Report of the Indian Hemp Drugs Commission, 1894-1895 - Volume IV
Year: 1894
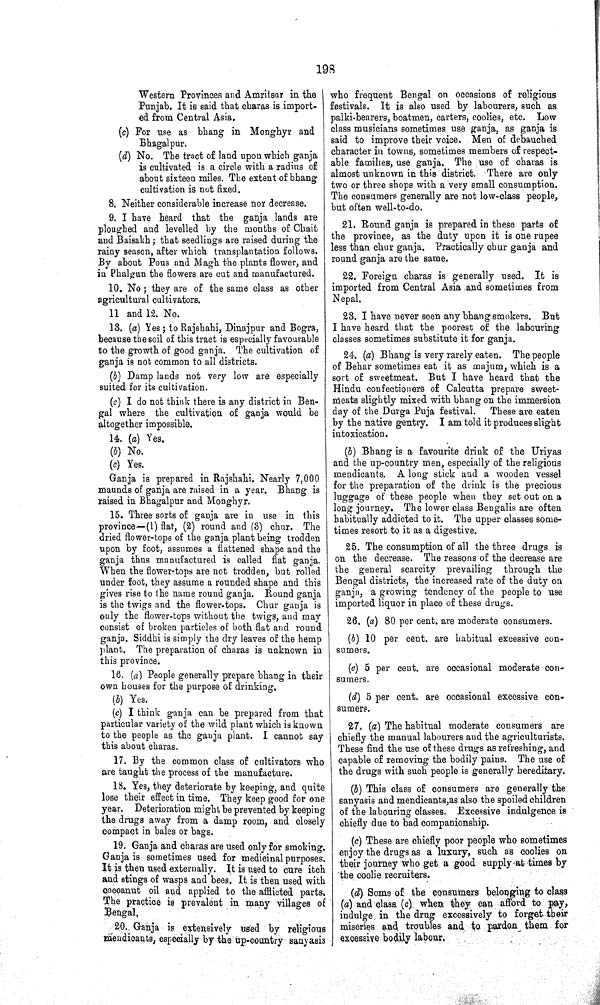
198
Western Provinces and Amritsar in the
Punjab. It is said that charas is import-
ed from Central Asia.
(c) For use as bhang in Monghyr and
Bhagalpur.
(d) No. The tract of land upon which ganja
is cultivated is a circle with a radius of
about sixteen miles. The extent of bhang
cultivation is not fixed.
8. Neither considerable increase nor decrease.
9. I have heard that the ganja lands are
ploughed and levelled by the months of Chait
and Baisakh; that seedlings are raised during the
rainy season, after which transplantation follows.
By about Pous and Magh the plants flower, and
in Phalgun the flowers are cut and manufactured.
10. No; they are of the same class as other
agricultural cultivators.
11 and 12. No.
13. (a) Yes; to Rajshahi, Dinajpur and Bogra,
because the soil of this tract is especially favourable
to the growth of good ganja. The cultivation of
ganja is not common to all districts.
(b) Damp lands not very low are especially
suited for its cultivation.
(c) I do not think there is any district in Ben-
gal where the cultivation of ganja would be
altogether impossible.
14. (a) Yes.
(b) No.
(c) Yes.
Ganja is prepared in Rajshahi. Nearly 7,000
maunds of ganja are raised in a year. Bhang is
raised in Bhagalpur and Monghyr.
15. Three sorts of ganja are in use in this
province—(1) flat, (2) round and (3) chur. The
dried flower-tops of the ganja plant being trodden
upon by foot, assumes a flattened shape and the
ganja thus manufactured is called flat ganja.
When the flower-tops are not trodden, but rolled
under foot, they assume a rounded shape and this
gives rise to the name round ganja. Round ganja
is the twigs and the flower-tops. Chur ganja is
only the flower-tops without the twigs, and may
consist of broken particles of both flat and round
ganja. Siddhi is simply the dry leaves of the hemp
plant. The preparation of charas is unknown in
this province.
16. (a) People generally prepare bhang in their
own houses for the purpose of drinking.
(b) Yes.
(c) I think ganja can be prepared from that
particular variety of the wild plant which is known
to the people as the ganja plant. I cannot say
this about charas.
17. By the common class of cultivators who
are taught the process of the manufacture.
18. Yes, they deteriorate by keeping, and quite
lose their effect in time. They keep good for one
year. Deterioration might be prevented by keeping
the drugs away from a damp room, and closely
compact in bales or bags.
19. Ganja and charas are used only for smoking.
Ganja is sometimes used for medicinal purposes.
It is then used externally. It is used to cure itch
and stings of wasps and bees. It is then used with
cocoanut oil and applied to the afflicted parts.
The practice is prevalent in many villages of
Bengal.
20. Ganja is extensively used by religious
mendicants, especially by the up-country sanyasis
who frequent Bengal on occasions of religious
festivals. It is also used by labourers, such as
palki-bearers, boatmen, carters, coolies, etc. Low
class musicians sometimes use ganja, as ganja is
said to improve their voice. Men of debauched
character in towns, sometimes members of respect-
able families, use ganja. The use of charas is
almost unknown in this district. There are only
two or three shops with a very small consumption.
The consumers generally are not low-class people,
but often well-to-do.
21. Round ganja is prepared in these parts of
the province, as the duty upon it is one rupee
less than chur ganja. Practically chur ganja and
round ganja are the same.
22. Foreign charas is generally used. It is
imported from Central Asia and sometimes from
Nepal.
23. I have never seen any bhang smokers. But
I have heard that the poorest of the labouring
classes sometimes substitute it for ganja.
24. (a) Bhang is very rarely eaten. The people
of Behar sometimes eat it as majum, which is a
sort of sweetmeat. But I have heard that the
Hindu confectioners of Calcutta prepare sweet-
meats slightly mixed with bhang on the immersion
day of the Durga Puja festival. These are eaten
by the native gentry. I am told it produces slight
intoxication.
(b) Bhang is a favourite drink of the Uriyas
and the up-country men, especially of the religious
mendicants. A long stick and a wooden vessel
for the preparation of the drink is the precious
luggage of these people when they set out on a
long journey. The lower class Bengalis are often
habitually addicted to it. The upper classes some-
times resort to it as a digestive.
25. The consumption of all the three drugs is
on the decrease. The reasons of the decrease are
the general scarcity prevailing through the
Bengal districts, the increased rate of the duty on
ganja, a growing tendency of the people to use
imported liquor in place of these drugs.
26. (a) 80 per cent. are moderate consumers.
(b) 10 per cent. are habitual excessive con-
sumers.
(c) 5 per cent. are occasional moderate con-
sumers.
(d) 5 per cent. are occasional excessive con-
sumers.
27. (a) The habitual moderate consumers are
chiefly the manual labourers and the agriculturists.
These find the use of these drugs as refreshing, and
capable of removing the bodily pains. The use of
the drugs with such people is generally hereditary.
(b) This class of consumers are generally the
sanyasis and mendicants,as also the spoiled children
of the labouring classes. Excessive indulgence is
chiefly due to bad companionship.
(c) These are chiefly poor people who sometimes
enjoy the drugs as a luxury, such as coolies on
their journey who get a good supply at times by
the coolie recruiters.
(d) Some of the consumers belonging to class
(a) and class (c) when they can afford to pay,
indulge in the drug excessively to forget their
miseries and troubles and to pardon them for
excessive bodily labour.